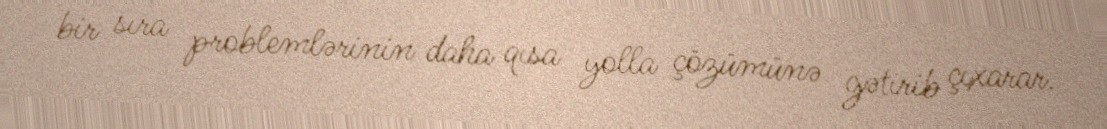
bir sıra problemlərinin daha qısa yolla çözümünə gətirib çıxarar.